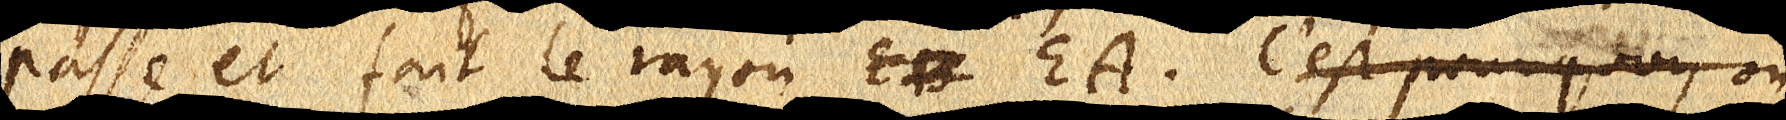
passe et fait le rayon EB EA. C’est pourquoy on